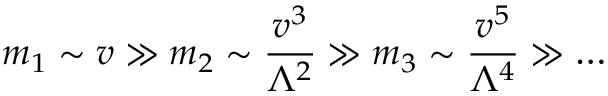
m _ { 1 } \sim v \gg m _ { 2 } \sim \frac { v ^ { 3 } } { \Lambda ^ { 2 } } \gg m _ { 3 } \sim \frac { v ^ { 5 } } { \Lambda ^ { 4 } } \gg \ldots